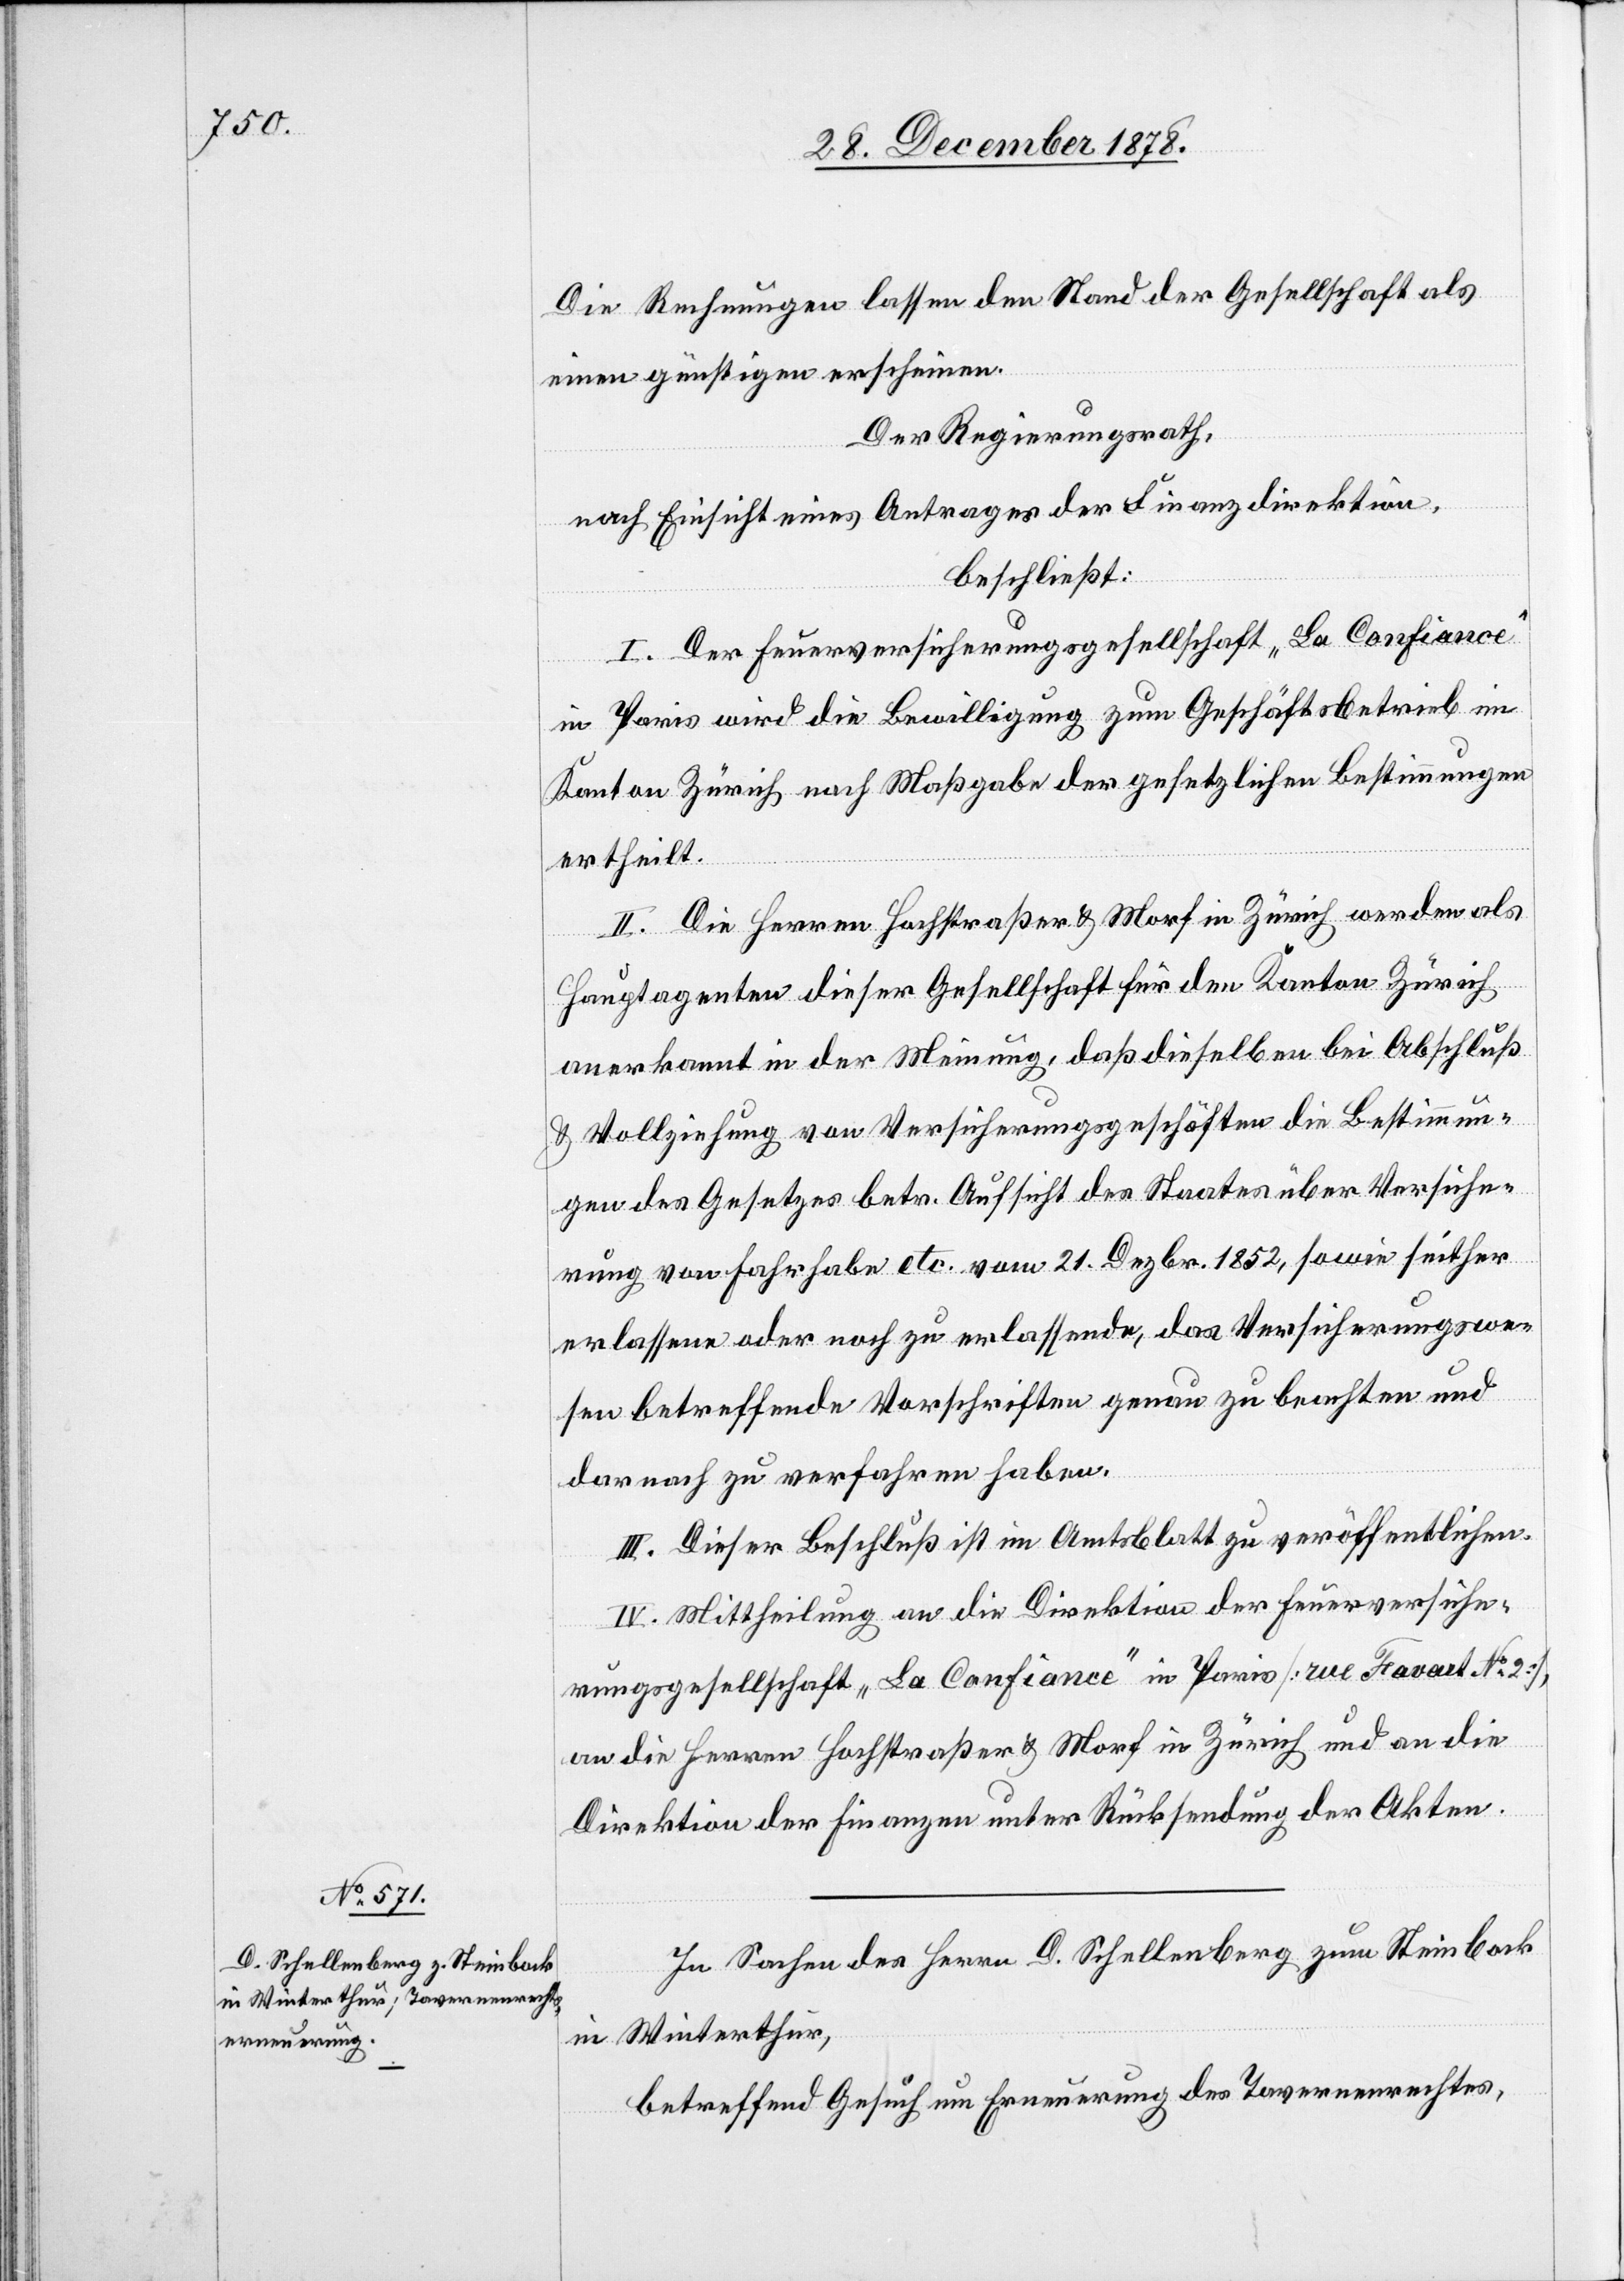
Die Rechnungen lassen den Stand der Gesellschaft als
einen günstigen erscheinen.
Der Regierungsrath,
nach Einsicht eines Antrages der Finanzdirektion,
beschließt:
I. Der Feuerversicherungsgesellschaft „La Confiance“
in Paris wird die Bewilligung zum Geschäftsbetrieb im
Kanton Zürich nach Maßgabe der gesetzlichen Bestimmungen
ertheilt.
II. Die Herren Hochstraßer & Morf in Zürich werden als
Hauptagenten dieser Gesellschaft für den Kanton Zürich
anerkannt in der Meinung, daß dieselben bei Abschluß
& Vollziehung von Versicherungsgeschäften die Bestimmun¬
gen des Gesetzes betr. Aufsicht des Staates über Versiche¬
rung von Fahrhabe etc. vom 21. Dezbr. 1852, sowie seither
erlassene oder noch zu erlassende, das Versicherungswe¬
sen betreffende Vorschriften genau zu beachten und
darnach zu verfahren haben.
III. Dieser Beschluß ist im Amtsblatt zu veröffentlichen.
IV. Mittheilung an die Direktion der Feuerversiche¬
rungsgesellschaft „La Confiance“ in Paris [rue Favart No 2],
an die Herren Hochstraßer & Morf in Zürich und an die
Direktion der Finanzen unter Rücksendung der Akten.
In Sachen des Herrn D. Schellenberg zum Steinbock
in Winterthur,
betreffend Gesuch um Erneuerung des Tavernenrechtes,